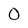
Character: O